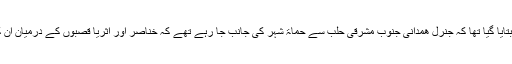
ٹیکسٹ پیغام میں یہاں تک بتایا گیا تھا کہ جنرل ھمدانی جنوب مشرقی حلب سے حماۃ شہر کی جانب جا رہے تھے کہ خناصر اور اثریا قصبوں کے درمیان ان کی گاڑی کو حادثہ پیش آیا۔